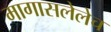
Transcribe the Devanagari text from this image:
मागासलेलेच